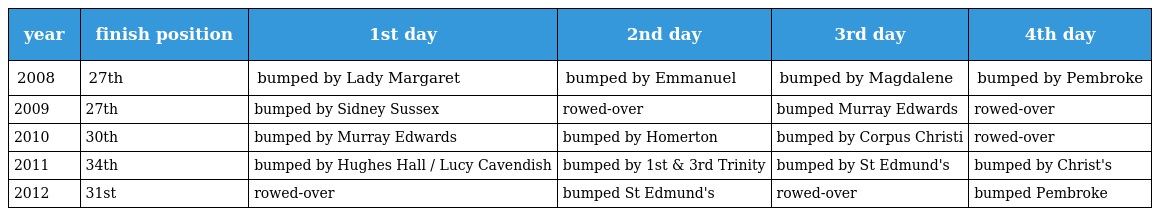
| year | finish position | 1st day | 2nd day | 3rd day | 4th day |
 | --- | --- | --- | --- | --- | --- |
 | 2008 | 27th | bumped by Lady Margaret | bumped by Emmanuel | bumped by Magdalene | bumped by Pembroke |
 | 2009 | 27th | bumped by Sidney Sussex | rowed-over | bumped Murray Edwards | rowed-over |
 | 2010 | 30th | bumped by Murray Edwards | bumped by Homerton | bumped by Corpus Christi | rowed-over |
 | 2011 | 34th | bumped by Hughes Hall / Lucy Cavendish | bumped by 1st & 3rd Trinity | bumped by St Edmund's | bumped by Christ's |
 | 2012 | 31st | rowed-over | bumped St Edmund's | rowed-over | bumped Pembroke |